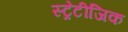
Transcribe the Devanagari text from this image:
स्ट्रेटीजिक